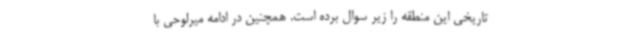
تاریخی این منطقه را زیر سوال برده است. همچنین در ادامه میرلوحی با